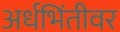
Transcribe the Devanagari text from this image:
अर्धभिंतीवर